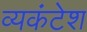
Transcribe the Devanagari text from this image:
व्यकंटेश